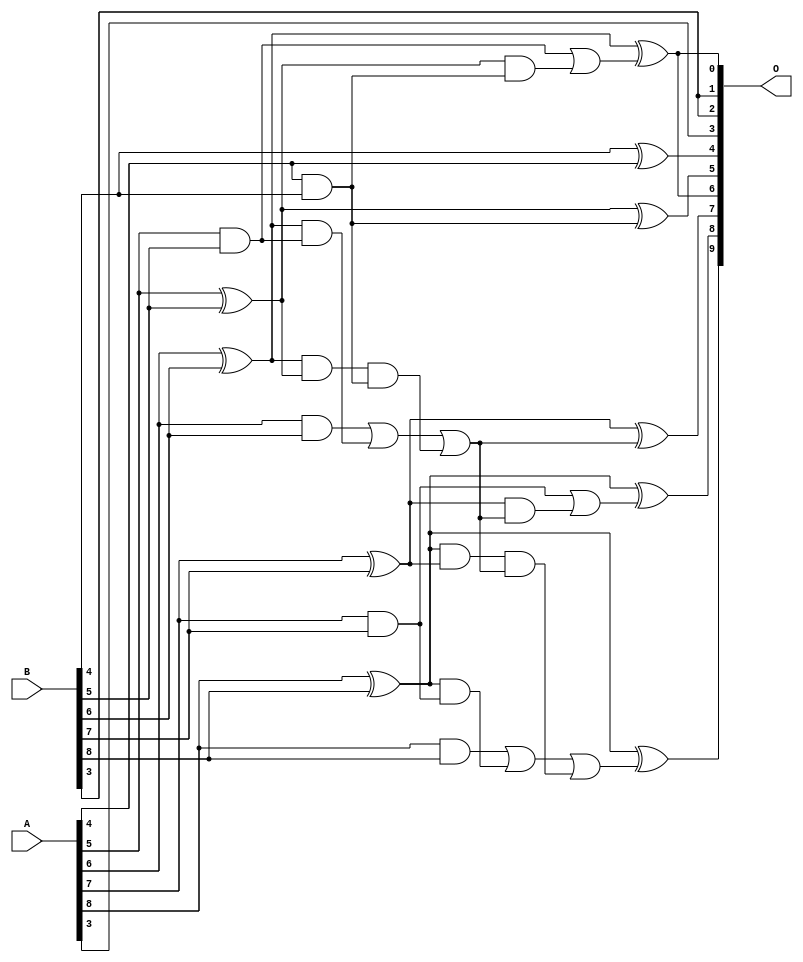
/***
* This code is a part of EvoApproxLib library (ehw.fit.vutbr.cz/approxlib) distributed under The MIT License.
* When used, please cite the following article(s): V. Mrazek, L. Sekanina, Z. Vasicek "Libraries of Approximate Circuits: Automated Design and Application in CNN Accelerators" IEEE Journal on Emerging and Selected Topics in Circuits and Systems, Vol 10, No 4, 2020 
* This file contains a circuit from a sub-set of pareto optimal circuits with respect to the pwr and wce parameters
***/
// MAE% = 1.46 %
// MAE = 7.5 
// WCE% = 3.12 %
// WCE = 16 
// WCRE% = 1000.00 %
// EP% = 98.83 %
// MRE% = 16.69 %
// MSE = 68 
// PDK45_PWR = 0.020 mW
// PDK45_AREA = 47.9 um2
// PDK45_DELAY = 0.39 ns

module add9se_07J (
    A,
    B,
    O
);

input [8:0] A;
input [8:0] B;
output [9:0] O;

wire sig_26,sig_27,sig_28,sig_29,sig_30,sig_31,sig_32,sig_33,sig_34,sig_36,sig_43,sig_44,sig_45,sig_46,sig_47,sig_48,sig_51,sig_53,sig_58,sig_59;
wire sig_64,sig_65,sig_66,sig_67,sig_72,sig_73,sig_74,sig_75,sig_76;

assign sig_26 = A[4] & B[4];
assign sig_27 = B[4] ^ A[4];
assign sig_28 = A[5] & B[5];
assign sig_29 = A[5] ^ B[5];
assign sig_30 = A[6] & B[6];
assign sig_31 = A[6] ^ B[6];
assign sig_32 = A[7] & B[7];
assign sig_33 = A[7] ^ B[7];
assign sig_34 = A[8] & B[8];
assign sig_36 = A[8] ^ B[8];
assign sig_43 = sig_31 & sig_28;
assign sig_44 = sig_31 & sig_29;
assign sig_45 = sig_30 | sig_43;
assign sig_46 = sig_36 & sig_32;
assign sig_47 = sig_36 & sig_33;
assign sig_48 = sig_34 | sig_46;
assign sig_51 = sig_44 & sig_26;
assign sig_53 = sig_45 | sig_51;
assign sig_58 = sig_47 & sig_53;
assign sig_59 = sig_48 | sig_58;
assign sig_64 = sig_29 & sig_26;
assign sig_65 = sig_28 | sig_64;
assign sig_66 = sig_33 & sig_53;
assign sig_67 = sig_32 | sig_66;
assign sig_72 = sig_29 ^ sig_26;
assign sig_73 = sig_31 ^ sig_65;
assign sig_74 = sig_33 ^ sig_53;
assign sig_75 = sig_36 ^ sig_67;
assign sig_76 = sig_36 ^ sig_59;

assign O[9] = sig_76;
assign O[8] = sig_75;
assign O[7] = sig_74;
assign O[6] = sig_73;
assign O[5] = sig_72;
assign O[4] = sig_27;
assign O[3] = A[3];
assign O[2] = B[3];
assign O[1] = B[3];
assign O[0] = sig_73;

endmodule